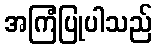
အကြံပြုပါသည်